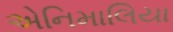
એનિમાલિયા